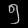
Digit: ၅